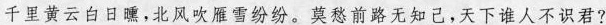
千里黄云白日曛，北风吹雁雪纷纷。莫愁前路无知己，天下谁人不识君?